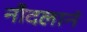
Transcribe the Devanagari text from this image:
नौदलानं